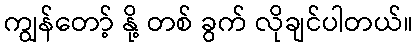
ကျွန်တော့် နို့ တစ် ခွက် လိုချင်ပါတယ်။